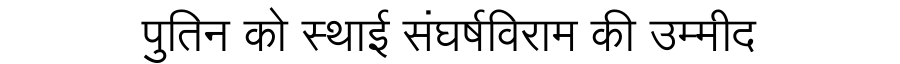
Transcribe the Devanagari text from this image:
पुतिन को स्थाई संघर्षविराम की उम्मीद